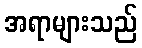
အရာများသည်